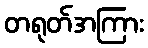
တရုတ်အကြား